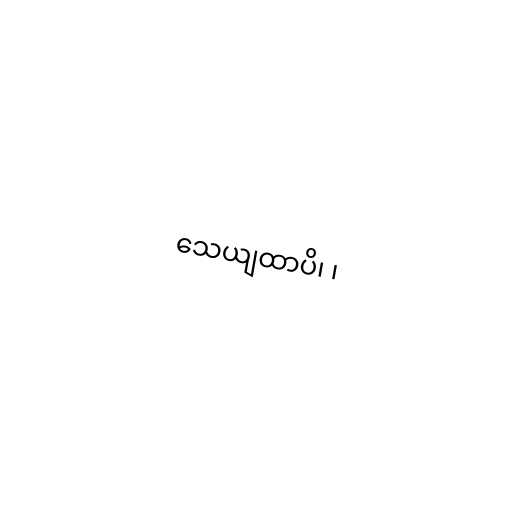
သေယျထာပိ၊ ၊